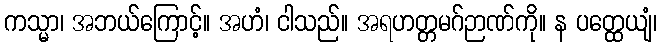
ကသ္မာ၊ အဘယ်ကြောင့်။ အဟံ၊ ငါသည်။ အရဟတ္တမဂ်ဉာဏ်ကို။ န ပတ္ထေယျံ၊